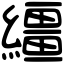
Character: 繮